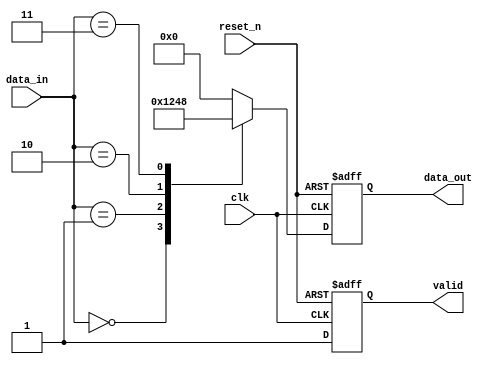
module CPLD_Design (
    input wire clk,
    input wire reset_n,
    input wire [3:0] data_in,
    output reg [3:0] data_out,
    output reg valid
);

// Internal signals
reg [3:0] lut_out; // Output from the LUT
reg [3:0] state;   // State register for sequential logic

// Combinational Logic Block (LUT implementation)
always @(*) begin
    // Example LUT functions (simple logic)
    case (data_in)
        4'b0000: lut_out = 4'b0001; // If input is 0, output 1
        4'b0001: lut_out = 4'b0010; // If input is 1, output 2
        4'b0010: lut_out = 4'b0100; // If input is 2, output 4
        4'b0011: lut_out = 4'b1000; // If input is 3, output 8
        default: lut_out = 4'b0000;  // Default case
    endcase
end

// Sequential Logic Block (Flip-Flops)
always @(posedge clk or negedge reset_n) begin
    if (!reset_n) begin
        state <= 4'b0000; // Initial state on reset
        valid <= 1'b0;    // Invalid output initially
    end
    else begin
        state <= lut_out; // Update state with LUT output
        valid <= 1'b1;    // Set valid high when state is updated
    end
end

// Output Logic
always @(*) begin
    data_out = state; // Output the current state
end

endmodule